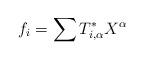
LaTeX: \begin{gather*} f_i = \sum T^*_{i,\alpha} X^\alpha \end{gather*}